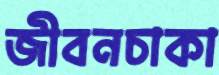
জীবনচাকা